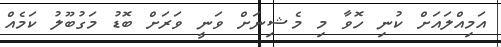
އަމިއްލައަށް ކުނި ހޮވާ މި މެޝިނަށް ވަނީ ވަރަށް ބޮޑު މަގުބޫލު ކަމެއް